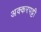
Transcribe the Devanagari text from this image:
अक्करपट्टी